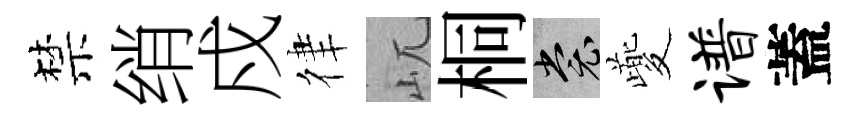
禁绡戍律屼桐裳夔谱蓋